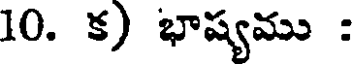
10. క) భాష్యము :